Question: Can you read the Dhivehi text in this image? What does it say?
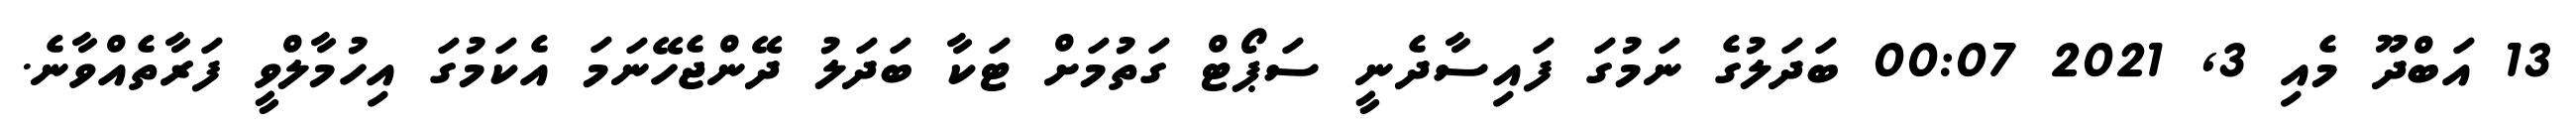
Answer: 13 އަބްދޫ މެއި 3, 2021 00:07 ބަދަލުގެ ނަމުގަ ފައިސާދެނީ ސަޕޯޓް ގަތުމަށް ޓަކާ ބަދަލު ދޭންޖެހޭނަމަ އެކަމުގަ އިހުމާލްވީ ފަރާތެއްވާނެ.